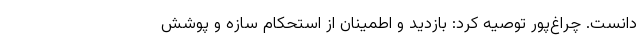
دانست. چراغ‌پور توصیه کرد: بازدید و اطمینان از استحکام سازه و پوشش